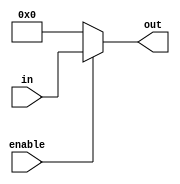
module register #(
    parameter SIZE = 8 ) (
    output [SIZE-1:0] out,
    input [SIZE-1:0] in,
    input enable );
    assign out = enable?in:0;
endmodule